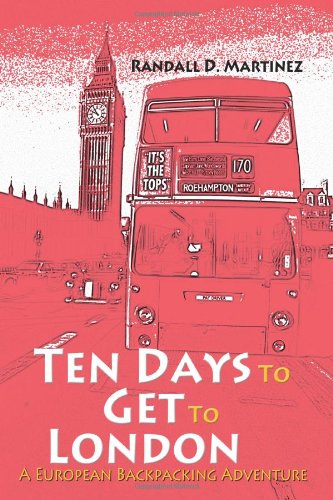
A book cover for Ten Days to Get to London: A European Backpacking Adventure; Randall Martinez; Teen & Young Adult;